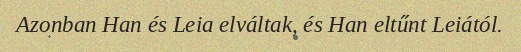
Azonban Han és Leia elváltak, és Han eltűnt Leiától.